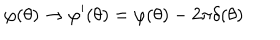
\varphi ( \theta ) \rightarrow \varphi ^ { \prime } ( \theta ) = \varphi ( \theta ) - 2 \pi \delta ( \theta )